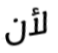
لأن